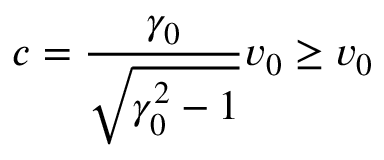
\displaystyle c = \frac { \gamma _ { 0 } } { \sqrt { \gamma _ { 0 } ^ { 2 } - 1 } } v _ { 0 } \ge v _ { 0 }